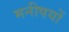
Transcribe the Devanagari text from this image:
मनीषयों